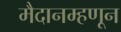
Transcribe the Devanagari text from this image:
मैदानम्हणून